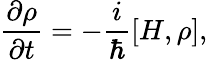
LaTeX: \frac{\partial\rho}{\partial t}=-\frac{i}{\hbar}[H,\rho],